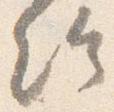
給